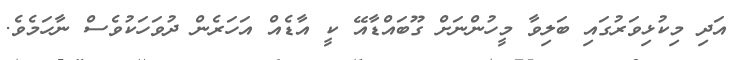
އަދި މިކުޅިވަރުގައި ބަލިވާ މީހުންނަށް ގޫބައްޑާއޭ ކީ އާޑެއް އަހަރެން ދުވަހަކުވެސް ނާހަމެވެ.